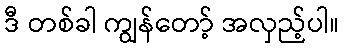
ဒီ တစ်ခါ ကျွန်တော့် အလှည့်ပါ။